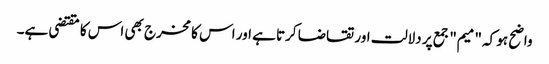
واضح ہو کہ "میم" جمع پر دلالت اور تقاضا کرتا ہے اور اس کا مخرج بھی اس کا مقتضی ہے۔